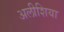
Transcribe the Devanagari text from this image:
अलीशिया